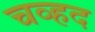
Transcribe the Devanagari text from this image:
चव्हद